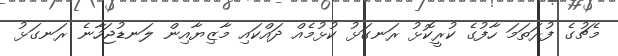
މެޗުގެ ފުރަތަމަ ހާފުގެ ކުރީކޮޅު ރަނގަޅު ކުޅުމެއް ދައްކައި މާޒިޔާއިން ލަނޑުޖަހާނެ ރަނގަޅު